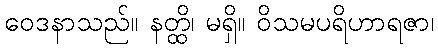
ဝေဒနာသည်။ နတ္ထိ၊ မရှိ။ ဝိသမပရိဟာရဇာ၊